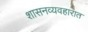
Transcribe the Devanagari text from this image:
शासनव्यवहारात